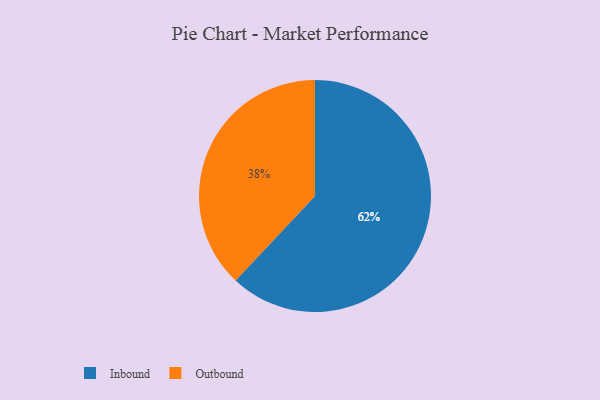
{"axis": {"x": "Category", "y": "Percentage"}, "legend": ["Inbound", "Outbound"], "data": [{"x": "Outbound", "y": 38, "type": "Outbound"}, {"x": "Inbound", "y": 62, "type": "Inbound"}]}